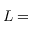
L =